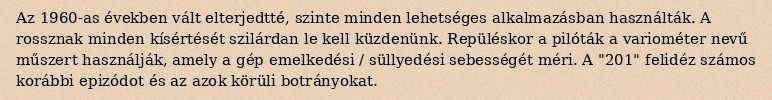
Az 1960-as években vált elterjedtté, szinte minden lehetséges alkalmazásban használták. A rossznak minden kísértését szilárdan le kell küzdenünk. Repüléskor a pilóták a variométer nevű műszert használják, amely a gép emelkedési / süllyedési sebességét méri. A "201" felidéz számos korábbi epizódot és az azok körüli botrányokat.